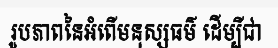
រូបភាពនៃអំពើមនុស្សធម៌ ដើម្បីជា